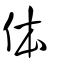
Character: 体